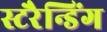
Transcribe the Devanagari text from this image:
स्टरैन्डिंग